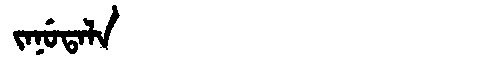
Manchu: ᠵᠠᠨᡠᡨᠠᠯᠠ
Romanization: JANUTALA